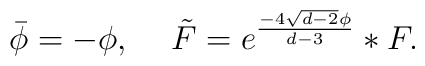
\bar\phi = -\phi, \hspace{5mm}\tilde{F} = e^{\frac{-4\sqrt{d-2}\phi}{d-3}} \ast F.